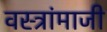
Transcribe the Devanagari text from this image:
वस्त्रांमाजी